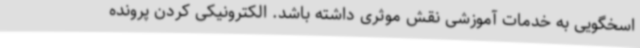
اسخگویی به خدمات آموزشی نقش موثری داشته باشد. الکترونیکی کردن پرونده